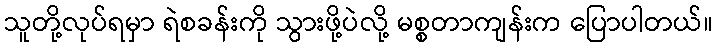
သူတို့လုပ်ရမှာ ရဲစခန်းကို သွားဖို့ပဲလို့ မစ္စတာကျန်းက ပြောပါတယ်။